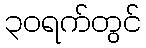
၃၀ရက်တွင်